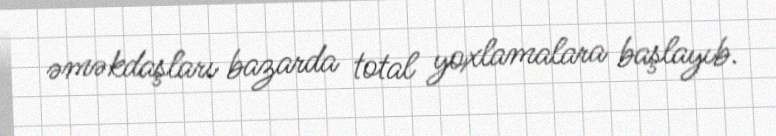
əməkdaşları bazarda total yoxlamalara başlayıb.